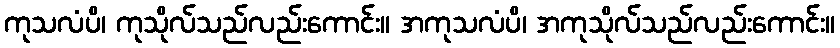
ကုသလံပိ၊ ကုသိုလ်သည်လည်းကောင်း။ အကုသလံပိ၊ အကုသိုလ်သည်လည်းကောင်း။